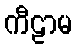
ကီဠာမ